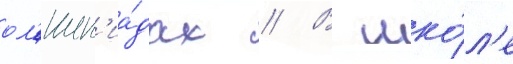
ол'имп'иа́дах // В шко́л'е